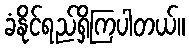
ခံနိုင်ရည်ရှိကြပါတယ်။